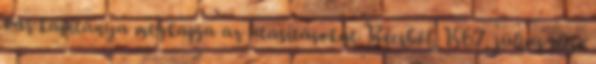
vár kapitánya megkapja az utasításokat Bécsből. 1567. július eleje